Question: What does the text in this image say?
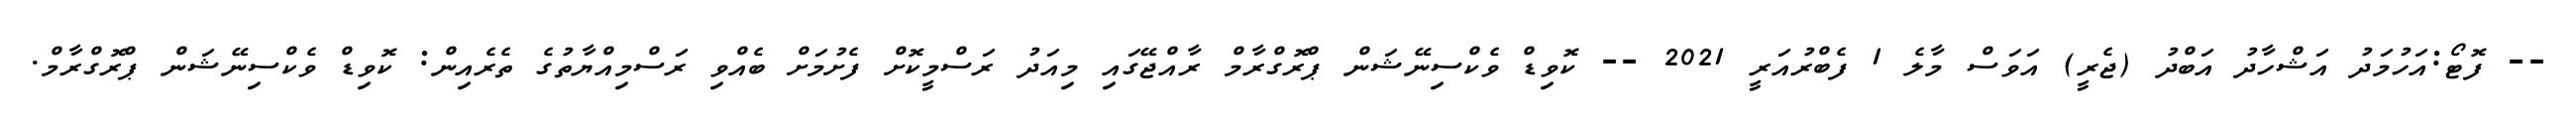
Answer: -- ފޮޓޯ:އަހުމަދު އަޝްހާދު އަބްދު (ޖެރީ) އަވަސް މާލެ 1 ފެބްރުއަރީ 2021 -- ކޮވިޑް ވެކްސިނޭޝަން ޕްރޮގްރާމް ރާއްޖޭގައި މިއަދު ރަސްމީކޮށް ފެށުމަށް ބެއްވި ރަސްމިއްޔާތުގެ ތެރެއިން: ކޮވިޑް ވެކްސިނޭޝަން ޕްރޮގްރާމް.